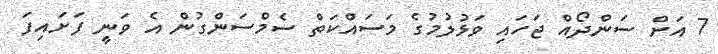
7 އަށް ސަންދޯއް ޖަހައި ވަޅުލުމުގެ މަސައްކަތް ސެމްސަންގުން އެ ވަނީ ފަށައިފަ